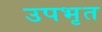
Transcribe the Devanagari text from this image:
उपभृत